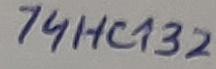
Text: 74HC132